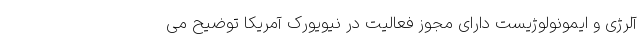
آلرژی و ایمونولوژیست دارای مجوز فعالیت در نیویورک آمریکا توضیح می